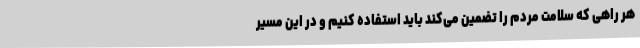
هر راهی که سلامت مردم را تضمین می‌کند باید استفاده کنیم و در این مسیر